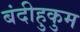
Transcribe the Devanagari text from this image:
बंदीहुकुम